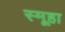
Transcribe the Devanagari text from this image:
स्मूहा